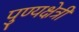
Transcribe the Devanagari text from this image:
पुण्यक्षेत्री